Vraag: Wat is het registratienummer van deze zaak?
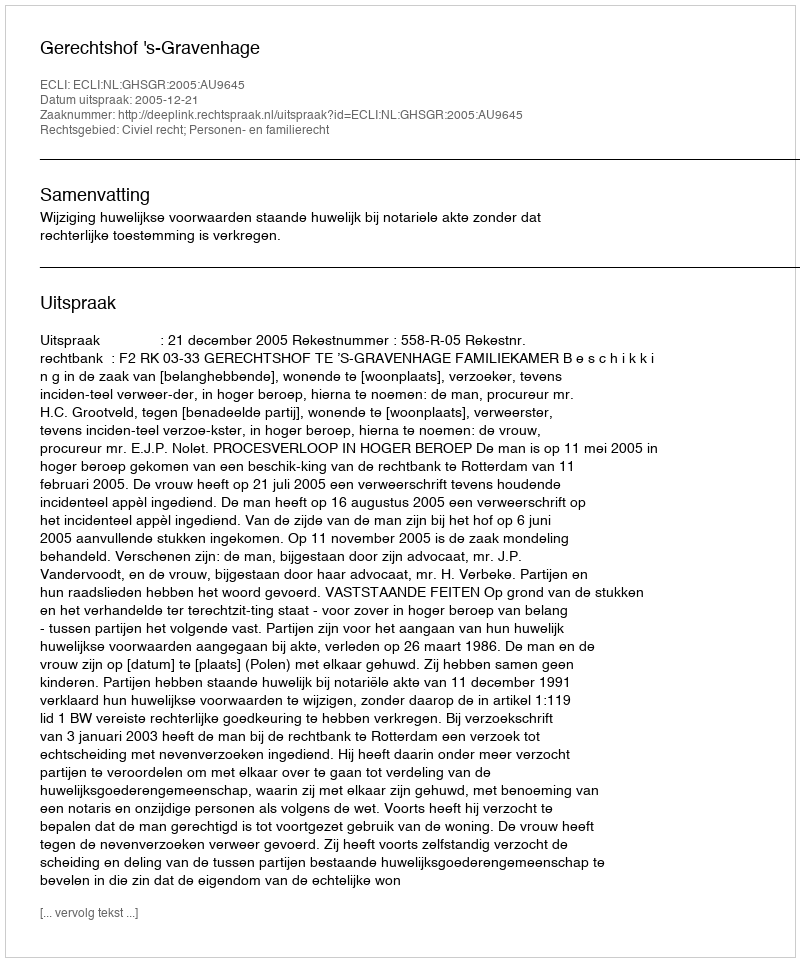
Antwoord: http://deeplink.rechtspraak.nl/uitspraak?id=ECLI:NL:GHSGR:2005:AU9645